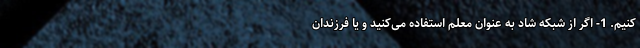
کنیم. 1- اگر از شبکه شاد به عنوان معلم استفاده می‌کنید و یا فرزندان